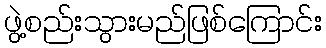
ဖွဲ့စည်းသွားမည်ဖြစ်ကြောင်း